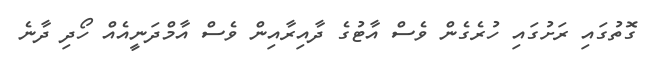
ގޮތުގައި ރަށުގައި ހުރެގެން ވެސް އާޓުގެ ދާއިރާއިން ވެސް އާމްދަނީއެއް ހޯދި ދާނެ